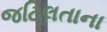
જટિલતાના